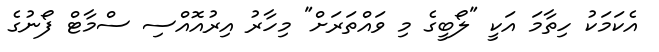
އެކަމަކު ހިތާމަ އަކީ "ލޯބީގެ މި ވައްތަރަށް" މިހާރު އިރުއޮއްސި ސްމާޓް ފޯނުގެ